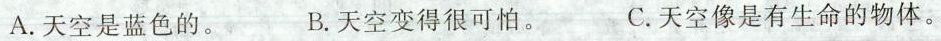
A.天空是蓝色的。 B.天空变得很可怕。 C.天空像是有生命的物体。